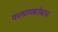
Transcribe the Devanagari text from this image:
फलटणबरोबरच